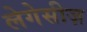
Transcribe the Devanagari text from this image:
लेगेसीज़